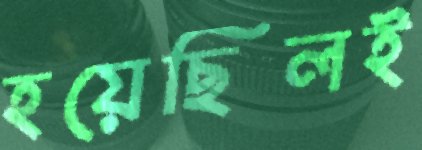
হয়েছিলই